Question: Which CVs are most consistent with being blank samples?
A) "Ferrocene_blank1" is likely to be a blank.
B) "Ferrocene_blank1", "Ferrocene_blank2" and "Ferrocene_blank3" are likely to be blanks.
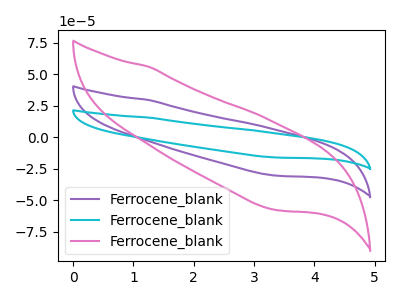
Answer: <think>The purple curve "Ferrocene_blank1" has no peaks. The cyan curve "Ferrocene_blank2" has no peaks. The pink curve "Ferrocene_blank3" has no peaks.</think>
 <answer>B) "Ferrocene_blank1", "Ferrocene_blank2" and "Ferrocene_blank3" are likely to be blanks.</answer>
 <eval>B</eval>